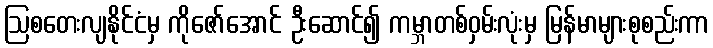
ဩစတေးလျနိုင်ငံမှ ကိုဇော်အောင် ဦးဆောင်၍ ကမ္ဘာတစ်ဝှမ်းလုံးမှ မြန်မာများစုစည်းကာ